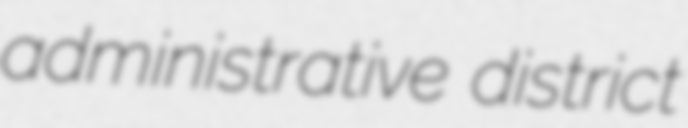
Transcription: administrative district